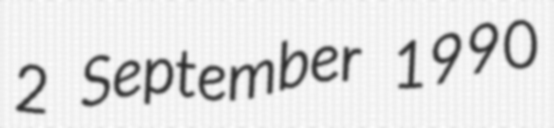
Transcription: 2 September 1990